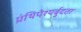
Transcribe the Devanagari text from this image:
ग्रंथिपेश्यर्बुदता